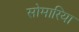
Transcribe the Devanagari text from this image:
सोमारिया